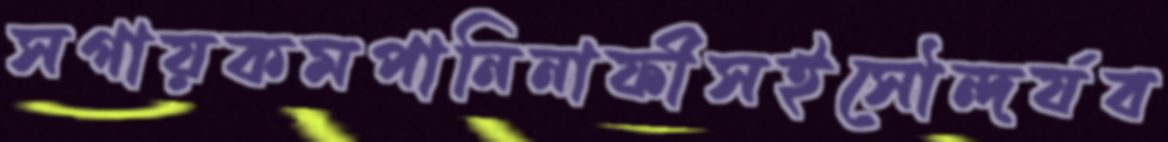
সগায়কমপানিনাফীসইসৌন্দর্যব